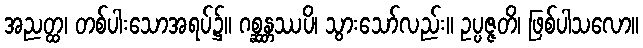
အညတ္ထ၊ တစ်ပါးသောအရပ်၌။ ဂစ္ဆန္တဿပိ၊ သွားသော်လည်း။ ဥပ္ပဇ္ဇတိ၊ ဖြစ်ပါသလော။